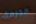
مجرمة